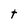
Character: t